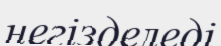
негізделеді